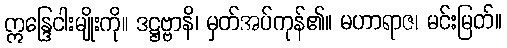
ဣန္ဒြေငါးမျိုးကို။ ဒဋ္ဌဗ္ဗာနိ၊ မှတ်အပ်ကုန်၏။ မဟာရာဇ၊ မင်းမြတ်။